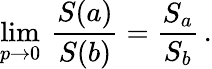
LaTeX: \operatorname*{lim}_{p\to 0}\: \frac{S(a)}{S(b)}=\frac{S_{a}}{S_{b}}\, .